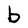
Character: b